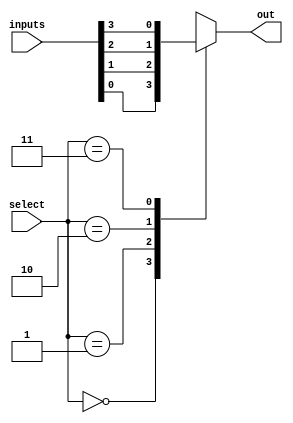
module mux4x1(out, inputs, select);
  output reg    out;
  input   [3:0] inputs;
  input   [1:0] select;

always @ (select)
begin
  case (select)
  2'b00: 
    out = inputs[0];
  2'b01:
    out = inputs[1];
  2'b10:
    out = inputs[2];
  2'b11:
    out = inputs[3];
  endcase
end

endmodule